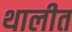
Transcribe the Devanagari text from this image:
थालीत